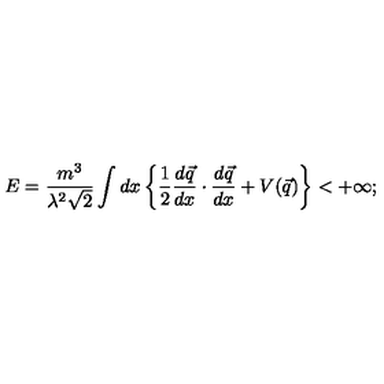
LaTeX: E = \frac { m ^ { 3 } } { \lambda ^ { 2 } \sqrt { 2 } } \int d x \left\{ \frac { 1 } { 2 } \frac { d \vec { q } } { d x } \cdot \frac { d \vec { q } } { d x } + V ( \vec { q } ) \right\} < + \infty ;